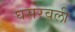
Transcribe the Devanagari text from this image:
घसरवली